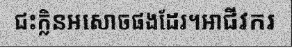
ជះក្លិនអសោចផងដែរ។អាជីវករ